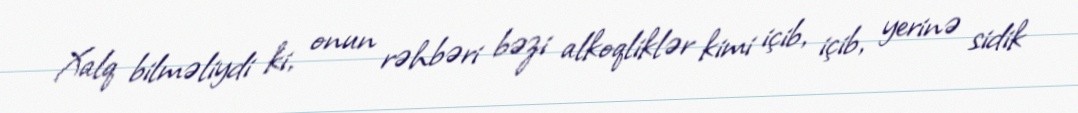
Xalq bilməliydi ki, onun rəhbəri bəzi alkoqliklər kimi içib, içib, yerinə sidik